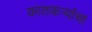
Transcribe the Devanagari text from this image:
कातकऱ्यांचा